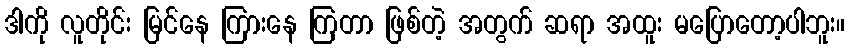
ဒါကို လူတိုင်း မြင်နေ ကြားနေ ကြတာ ဖြစ်တဲ့ အတွက် ဆရာ အထူး မပြောတော့ပါဘူး။